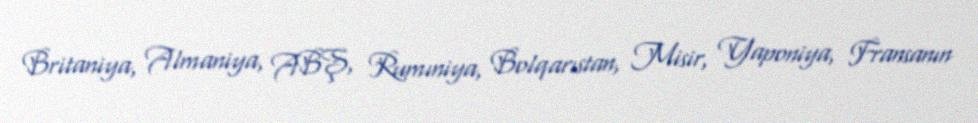
Britaniya, Almaniya, ABŞ, Rumıniya, Bolqarıstan, Misir, Yaponiya, Fransanın